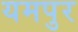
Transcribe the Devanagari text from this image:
यमपुर